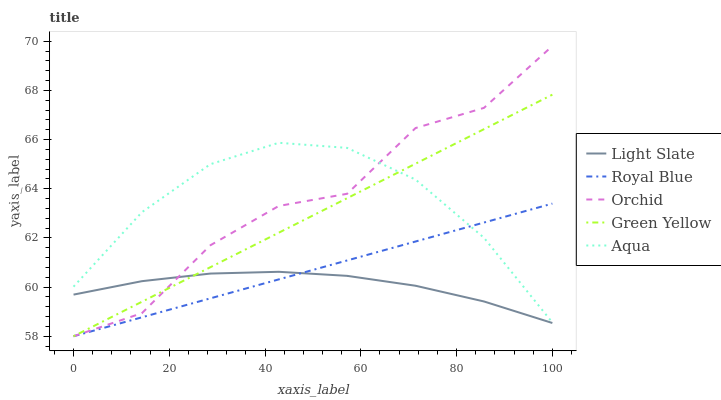
| xaxis_label | Light Slate | Royal Blue | Orchid | Green Yellow | Aqua |
 | --- | --- | --- | --- | --- | --- |
 | 0 | 59.7 | 58 | 58 | 58 | 60 |
 | 14.3 | 60.2 | 58.8 | 58.9 | 59.4 | 63 |
 | 28.6 | 60.5 | 59.5 | 61.7 | 60.8 | 65 |
 | 42.9 | 60.6 | 60.3 | 63.3 | 62.2 | 65.9 |
 | 57.1 | 60.5 | 61.1 | 63.8 | 63.6 | 65.7 |
 | 71.4 | 60.1 | 61.9 | 66.5 | 65 | 64.4 |
 | 85.7 | 59.4 | 62.6 | 67.3 | 66.4 | 62 |
 | 100 | 58.5 | 63.4 | 69.8 | 67.8 | 58.6 |